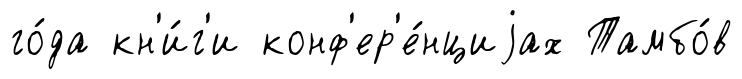
го́да кн'и́г'и конф'ер'е́нциjах Тамбо́в